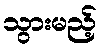
သွားမည့်